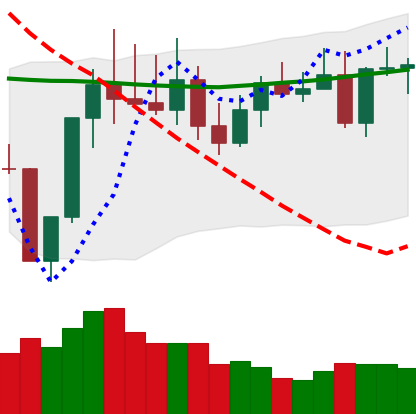
Ticker: TRX-USD
Chart end date: 2022-08-12
Forward return: -3.168%
Label: down_3_5